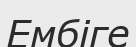
Ембіге